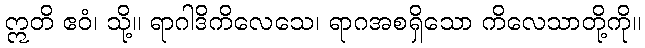
ဣတိ ဧဝံ၊ သို့။ ရာဂါဒိကိလေသေ၊ ရာဂအစရှိသော ကိလေသာတို့ကို။